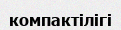
компактілігі